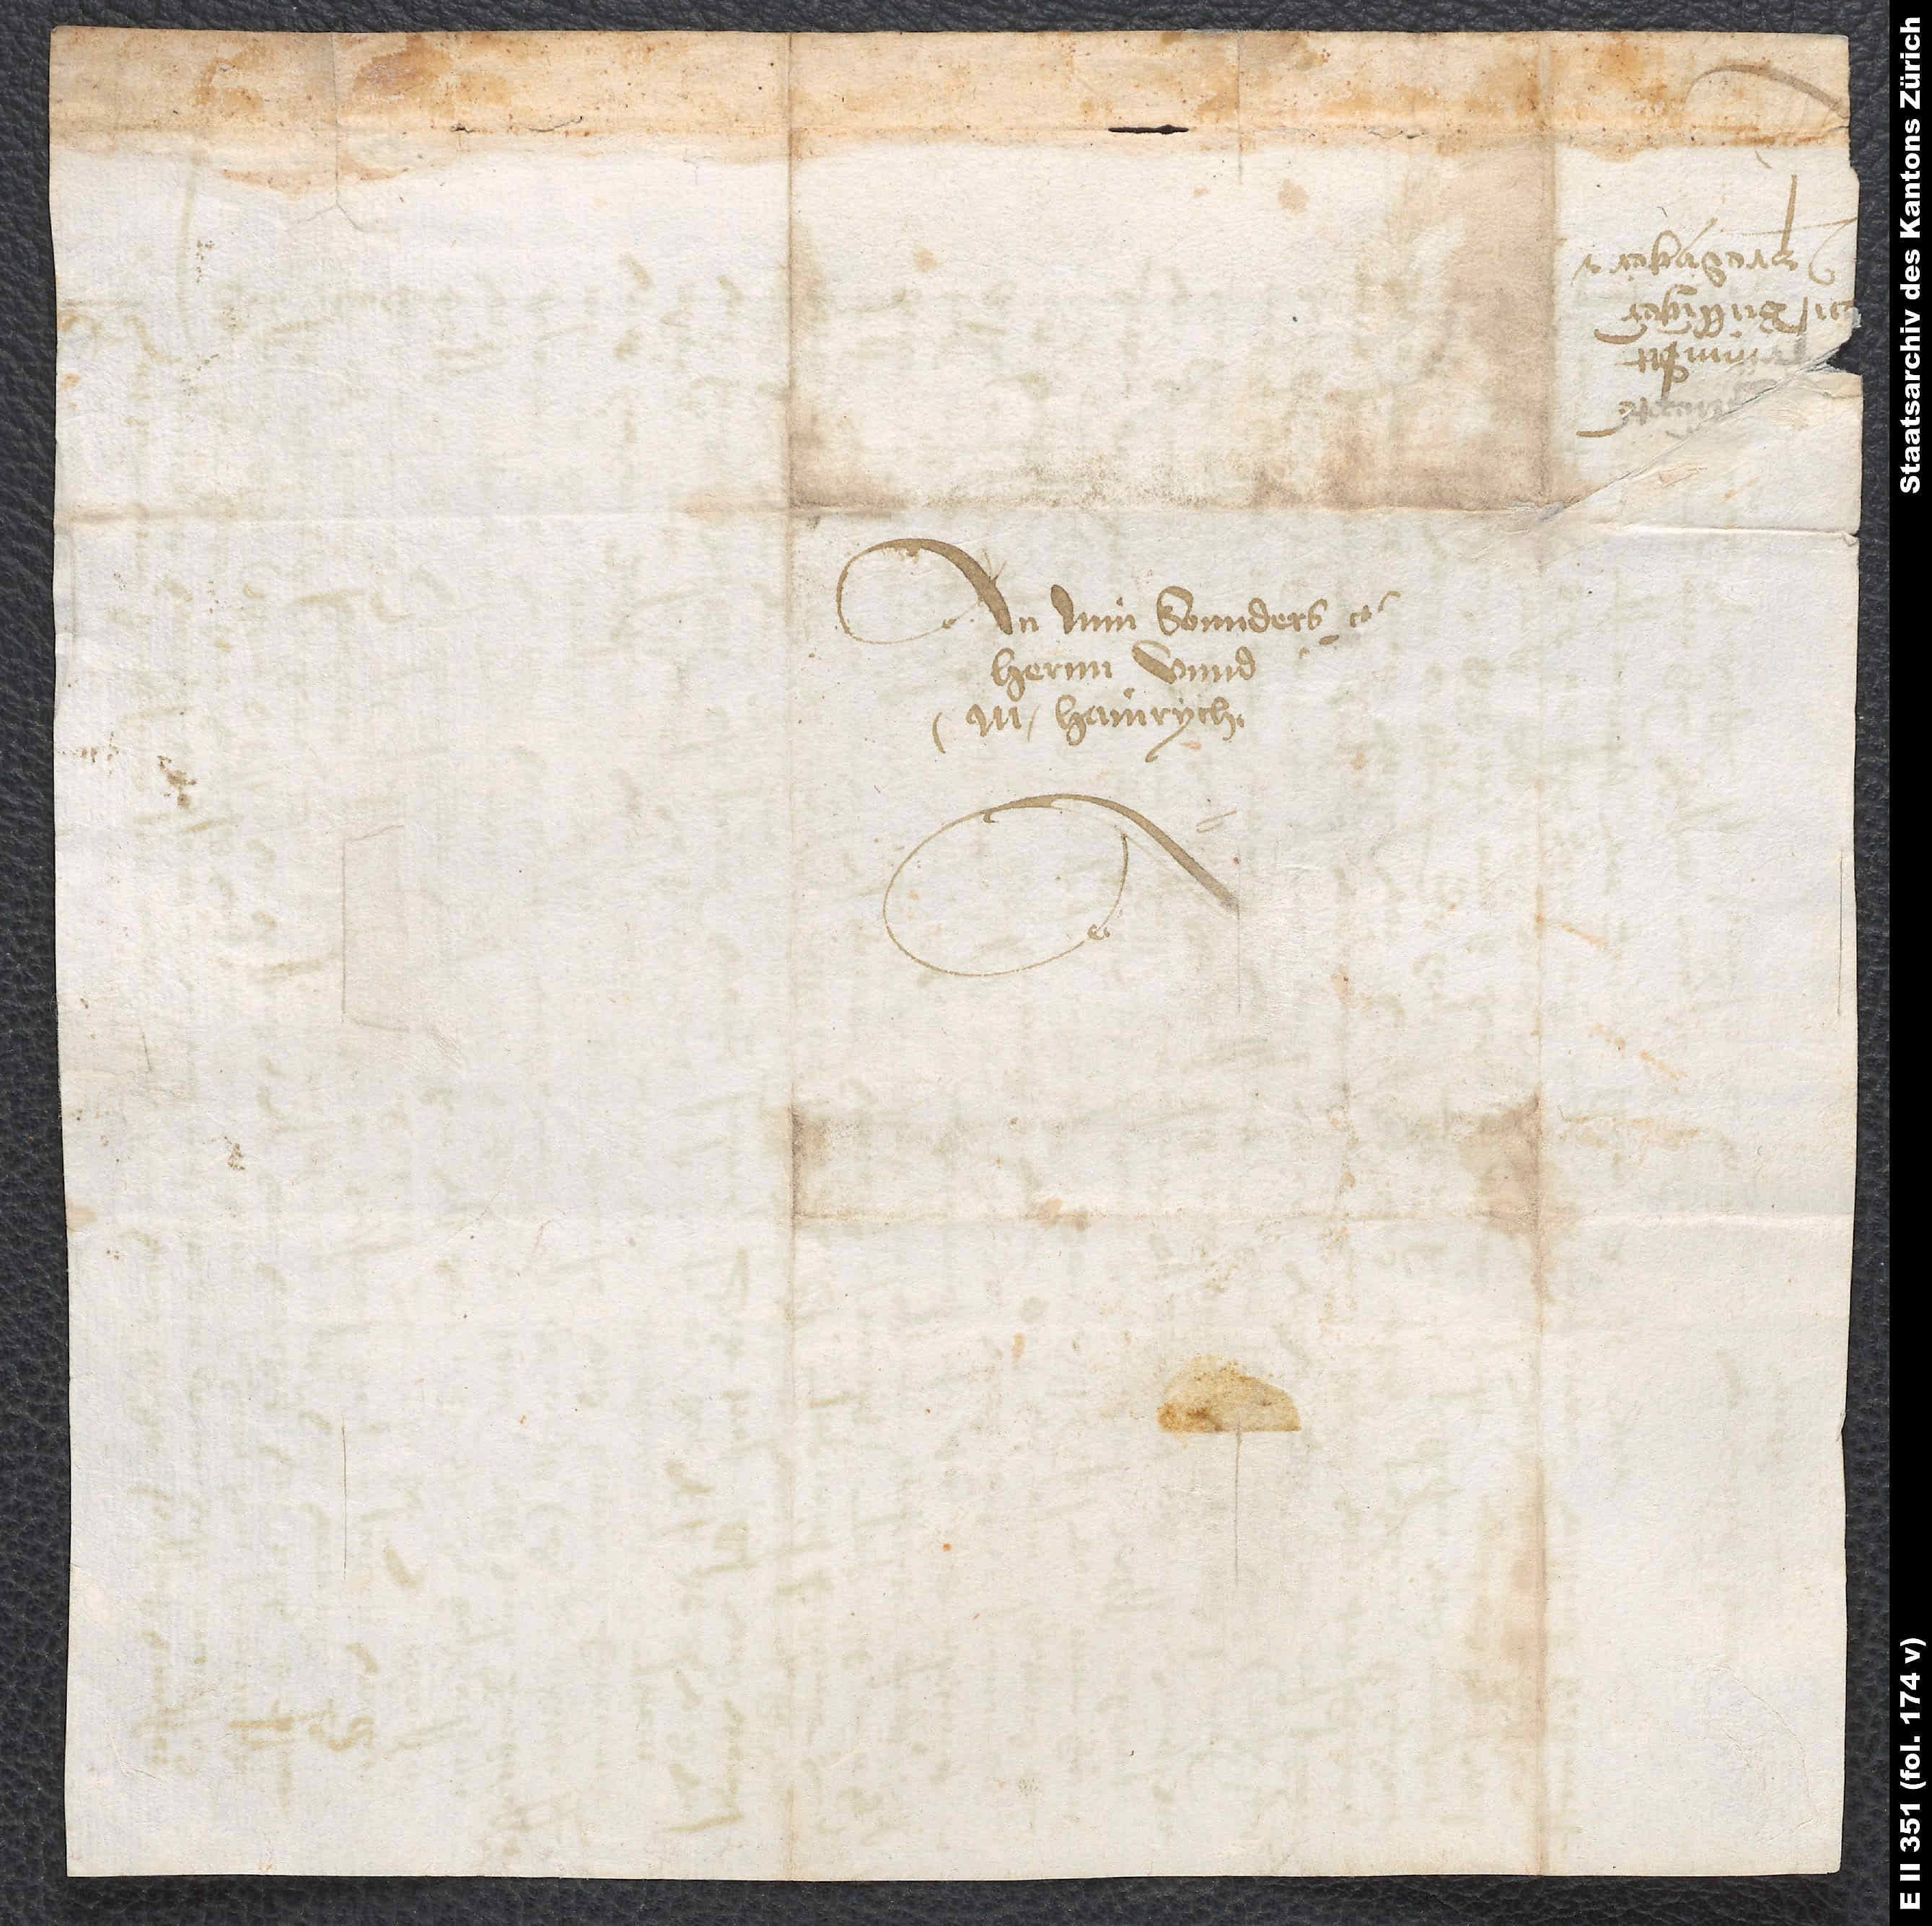
An min sonnders
hernn unnd
M. Hainrychen